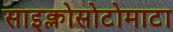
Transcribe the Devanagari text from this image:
साइक्लोसोटोमाटा